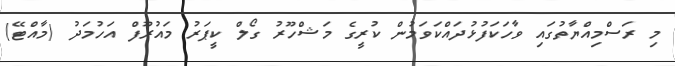
މި ރަސްމިއްޔާތުގައި ވާހަކަފުޅުދައްކަވަމުން ކުރީގެ މަޝްހޫރު ގޯލް ކީޕަރު މައުރޫފް އަހުމަދު (މާއްޓޭ)